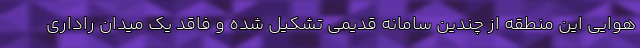
هوایی این منطقه از چندین سامانه قدیمی تشکیل شده و فاقد یک میدان راداری